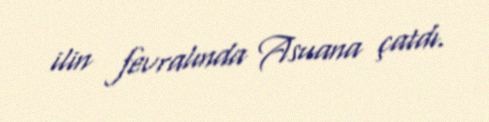
ilin fevralında Asuana çatdı.